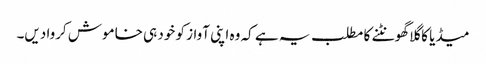
میڈیا کا گلا گھونٹنے کا مطلب یہ ہے کہ وہ اپنی آواز کو خود ہی خاموش کروا دیں۔